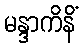
မန္ဒာကိနိံ